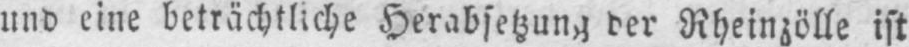
und eine beträchtliche Herabsetzung der Rheinzölle ist